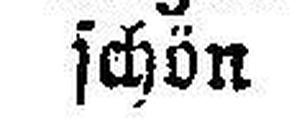
schön